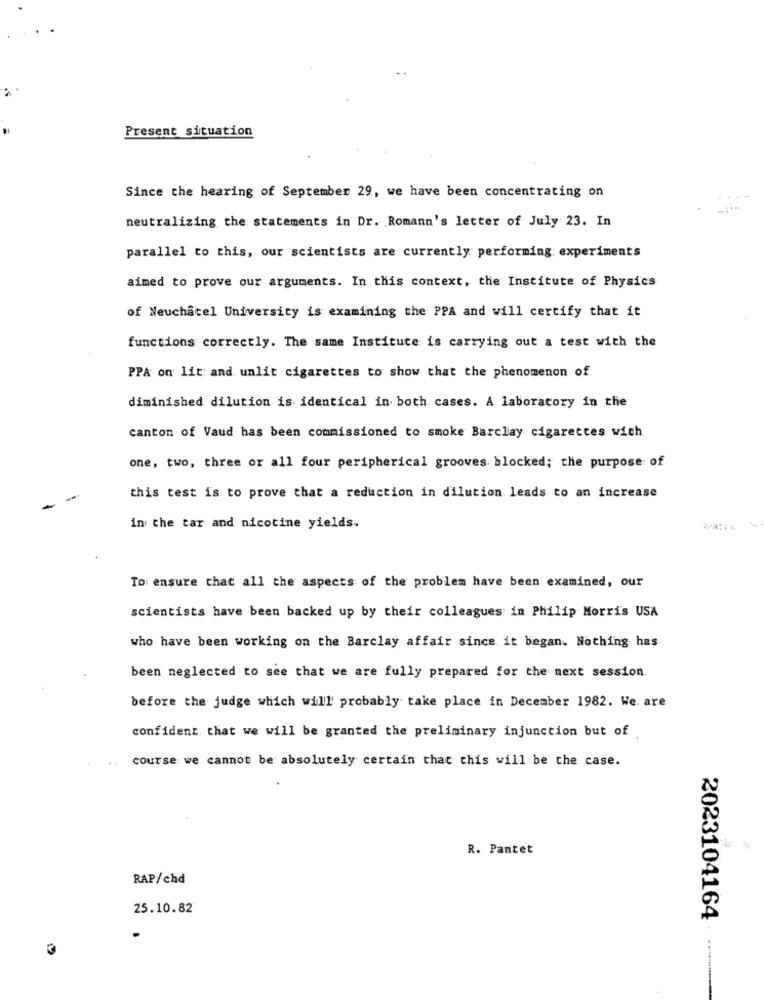
Present situation
Since the hearing of September 29, we have been concentrating on
neutralizing the statements in Dr. Romann's letter of July 23. In
parallel to this, our scientists are currently performing experiments
aimed to prove our arguments. In this context, the Institute of Physics
of Neuchatel University is examining the PPA and will certify that it
functions correctly. The same Instituce is carrying out a test with the
PPA on lit and unlit cigarettes to show that the phenomenon of
diminished dilution is identical in both cases. A laboratory in the
canton of Vaud has been commissioned to smoke Barclay cigarettes with
one, two, three or all four peripherical grooves blocked; the purpose of
this test is to prove that a reduction in dilution leads to an increase
in the tar and nicotine yields.
To ensure that all the aspects of the problem have been examined, our
scientists have been backed up by their colleagues in Philip Morris USA
who have been working on the Barclay affair since it began. Nothing has
been neglected to see that we are fully prepared for the next session.
before the judge which will probably take place in December 1982. We. are
confident that we will be granted the preliminary injunction but of
course we cannot be absolutely certain that this will be the case.
R. Pantet
RAP/chd
25.10.82
2023104164